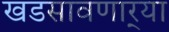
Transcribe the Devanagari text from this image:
खडसावणार्‍या